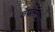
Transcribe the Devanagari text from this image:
ठेपलेला